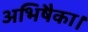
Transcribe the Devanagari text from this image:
अभिषैका।